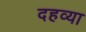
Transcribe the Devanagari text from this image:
दहव्या